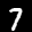
Label: 7